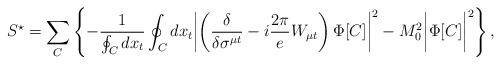
\begin{align*}S^{\star}=\sum_{C} \left\{ -\frac{1}{ \oint_{C}dx_{t}} \oint_{C} dx_t\biggl| \left( \frac{\delta}{\delta\sigma^{\mu t}} - i \frac{2\pi}{e}W_{\mu t} \right) \Phi[C] \biggr|^{2} - M_{0}^{2} \biggl| \Phi[C]\biggr|^{2} \right\}, \end{align*}